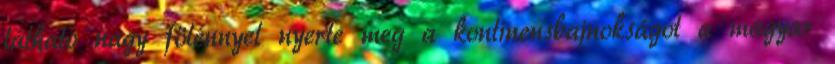
látható nagy fölénnyel nyerte meg a kontinensbajnokságot a magyar